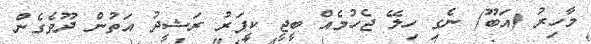
މާހިރު (އަބޫ) ނެގި ހިލޭ ޖެހުމެއް ބީޖީ ކީޕަރު ރަޝީދު އަތުން ދޫވެގެން